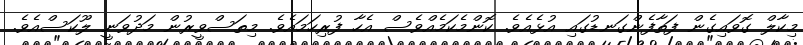
މިކާލް ގޮވައިގެން ފަތާފެންގަނޑުގައި އުޅެއެވެ. ކޮންމެކަމެއްވެސް އެހާ ފުރިހަމައެވެ. މިތަސްވީރުން މަދުވަނީ ލޫކަސްއެވެ.